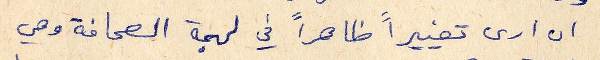
ان ارى تغييراً ظاهراً في لهجة الصحافة وهي